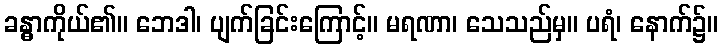
ခန္ဓာကိုယ်၏။ ဘေဒါ၊ ပျက်ခြင်းကြောင့်။ မရဏာ၊ သေသည်မှ။ ပရံ၊ နောက်၌။